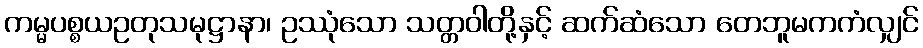
ကမ္မပစ္စယဥတုသမုဋ္ဌာနာ၊ ဥဿုံသော သတ္တဝါတို့နှင့် ဆက်ဆံသော တေဘူမကကံလျှင်